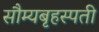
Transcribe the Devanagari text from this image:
सौम्यबृहस्पती